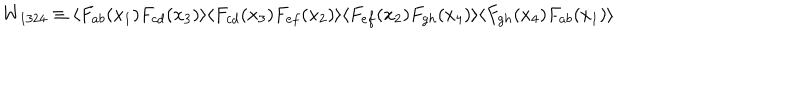
LaTeX: W _ { 1 3 2 4 } \equiv \langle F _ { a b } ( x _ { 1 } ) F _ { c d } ( x _ { 3 } ) \rangle \langle F _ { c d } ( x _ { 3 } ) F _ { e f } ( x _ { 2 } ) \rangle \langle F _ { e f } ( x _ { 2 } ) F _ { g h } ( x _ { 4 } ) \rangle \langle F _ { g h } ( x _ { 4 } ) F _ { a b } ( x _ { 1 } ) \rangle